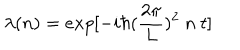
\lambda ( n ) = e x p [ - i \hbar ( { \frac { 2 \pi } { L } } ) ^ { 2 } ~ n ~ t ]